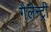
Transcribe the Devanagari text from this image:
गैलेन्ट्री